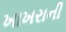
ખાખરાની